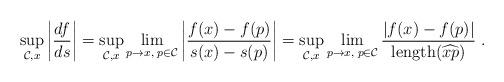
LaTeX: \begin{align*}\sup_{\mathcal{C},x} \left|\frac{df}{ds}\right| =\sup_{\mathcal{C},x} \lim_{p\to x,\;p \in \mathcal{C}} \left|\frac{f(x)-f(p)}{s(x)-s(p)}\right| =\sup_{\mathcal{C},x} \lim_{p\to x,\;p \in \mathcal{C}} \frac{|f(x)-f(p)|}{\mathrm{length}(\widehat{xp})}~.\end{align*}